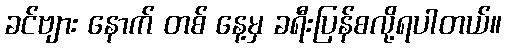
ခင်ဗျား နောက် တစ် နေ့မှ ခရီးပြန်စလို့ရပါတယ်။